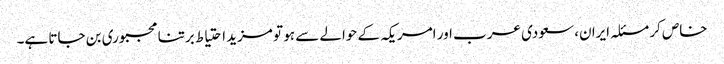
خاص کر مسئلہ ایران، سعودی عرب اور امریکہ کے حوالے سے ہو تو مزید احتیاط برتنا مجبوری بن جاتا ہے۔